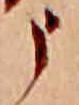
う